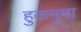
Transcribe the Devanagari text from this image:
हुकनुमा